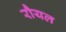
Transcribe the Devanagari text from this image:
रौयल